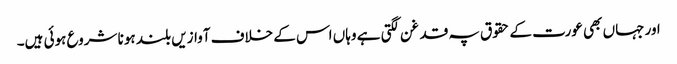
اور جہاں بھی عورت کے حقوق پہ قدغن لگتی ہے وہاں اس کے خلاف آوازیں بلند ہونا شروع ہوئی ہیں۔